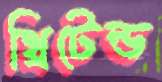
থ্রিটেন্ড